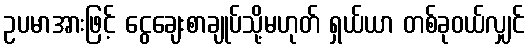
ဥပမာအားဖြင့် ငွေချေးစာချုပ်သို့မဟုတ် ရှယ်ယာ တစ်ခုဝယ်လျှင်